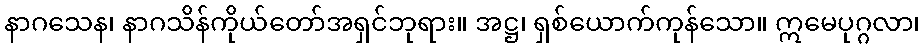
နာဂသေန၊ နာဂသိန်ကိုယ်တော်အရှင်ဘုရား။ အဋ္ဌ၊ ရှစ်ယောက်ကုန်သော။ ဣမေပုဂ္ဂလာ၊